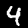
Digit: 4